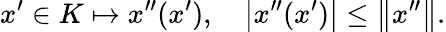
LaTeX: x^{\prime}\in K\mapsto x^{\prime\prime}(x^{\prime}),\quad\left|x^{\prime\prime}(x^{\prime})\right|\leq\left\| x^{\prime\prime}\right\| .